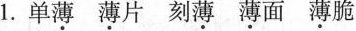
1.单薄 薄片 刻薄 薄面 薄脆